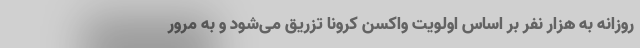
روزانه به هزار نفر بر اساس اولویت واکسن کرونا تزریق می‌شود و به مرور